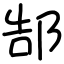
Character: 郜